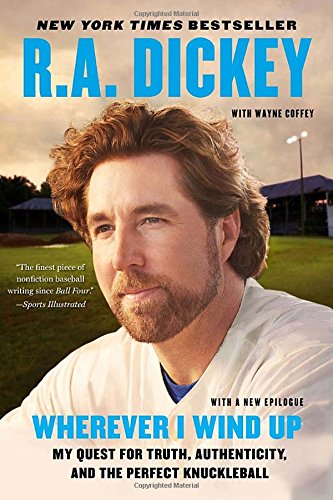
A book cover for Wherever I Wind Up: My Quest for Truth, Authenticity, and the Perfect Knuckleball; R.A. Dickey; Biographies & Memoirs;